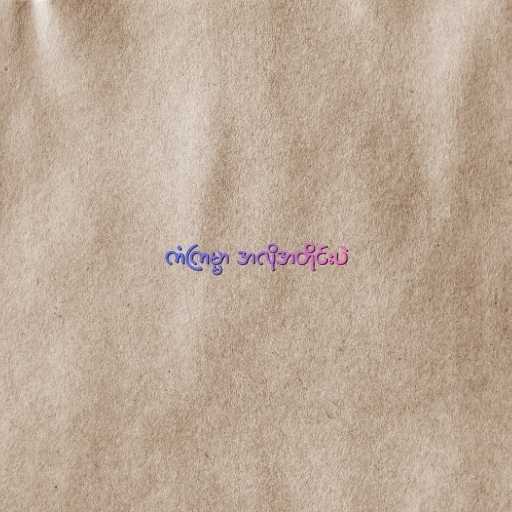
ကံကြမ္မာ အလိုအတိုင်းပဲ